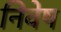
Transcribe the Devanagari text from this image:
निवेष